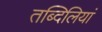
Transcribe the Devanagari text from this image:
तब्दिलियां